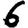
Digit: 6